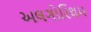
અલગોરિથમ